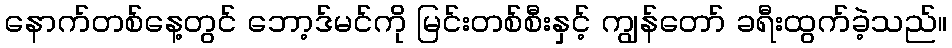
နောက်တစ်နေ့တွင် ဘော့ဒ်မင်ကို မြင်းတစ်စီးနှင့် ကျွန်တော် ခရီးထွက်ခဲ့သည်။